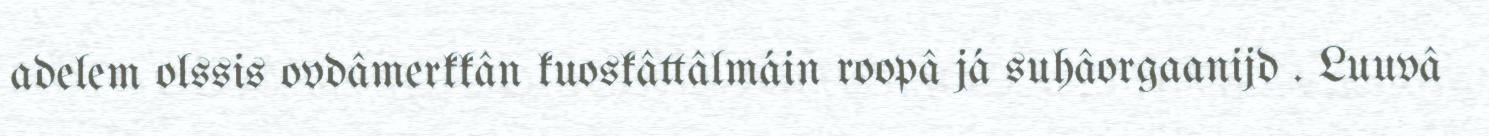
adelem olssis ovdâmerkkân kuoskâttâlmáin roopâ já suhâorgaanijd . Luuvâ